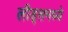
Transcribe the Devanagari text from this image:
लीड्समध्ये